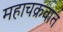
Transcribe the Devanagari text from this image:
महाचक्रवात